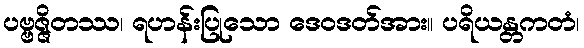
ပဗ္ဗဇ္ဇိတဿ၊ ရဟန်းပြုသော ဒေဝဒတ်အား။ ပရိယန္တကတံ၊